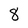
Character: 8